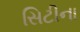
સિટીના